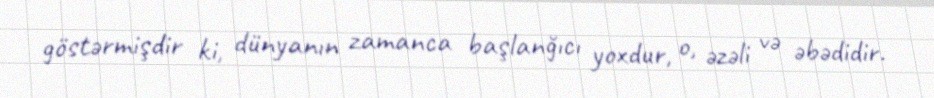
göstərmişdir ki, dünyanın zamanca başlanğıcı yoxdur, o, əzəli və əbədidir.